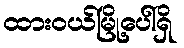
ထားဝယ်မြို့ပေါ်ရှိ